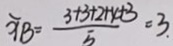
\widehat { X B } = \frac { 3 + 3 + 2 + 4 + 3 } { 5 } = 3